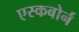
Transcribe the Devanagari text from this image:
एस्कबोर्न